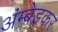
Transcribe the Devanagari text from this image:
अंम्बेडकर